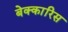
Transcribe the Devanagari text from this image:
बेक्कारिस